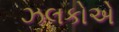
ઝલકોએ